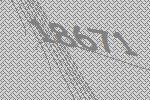
18671